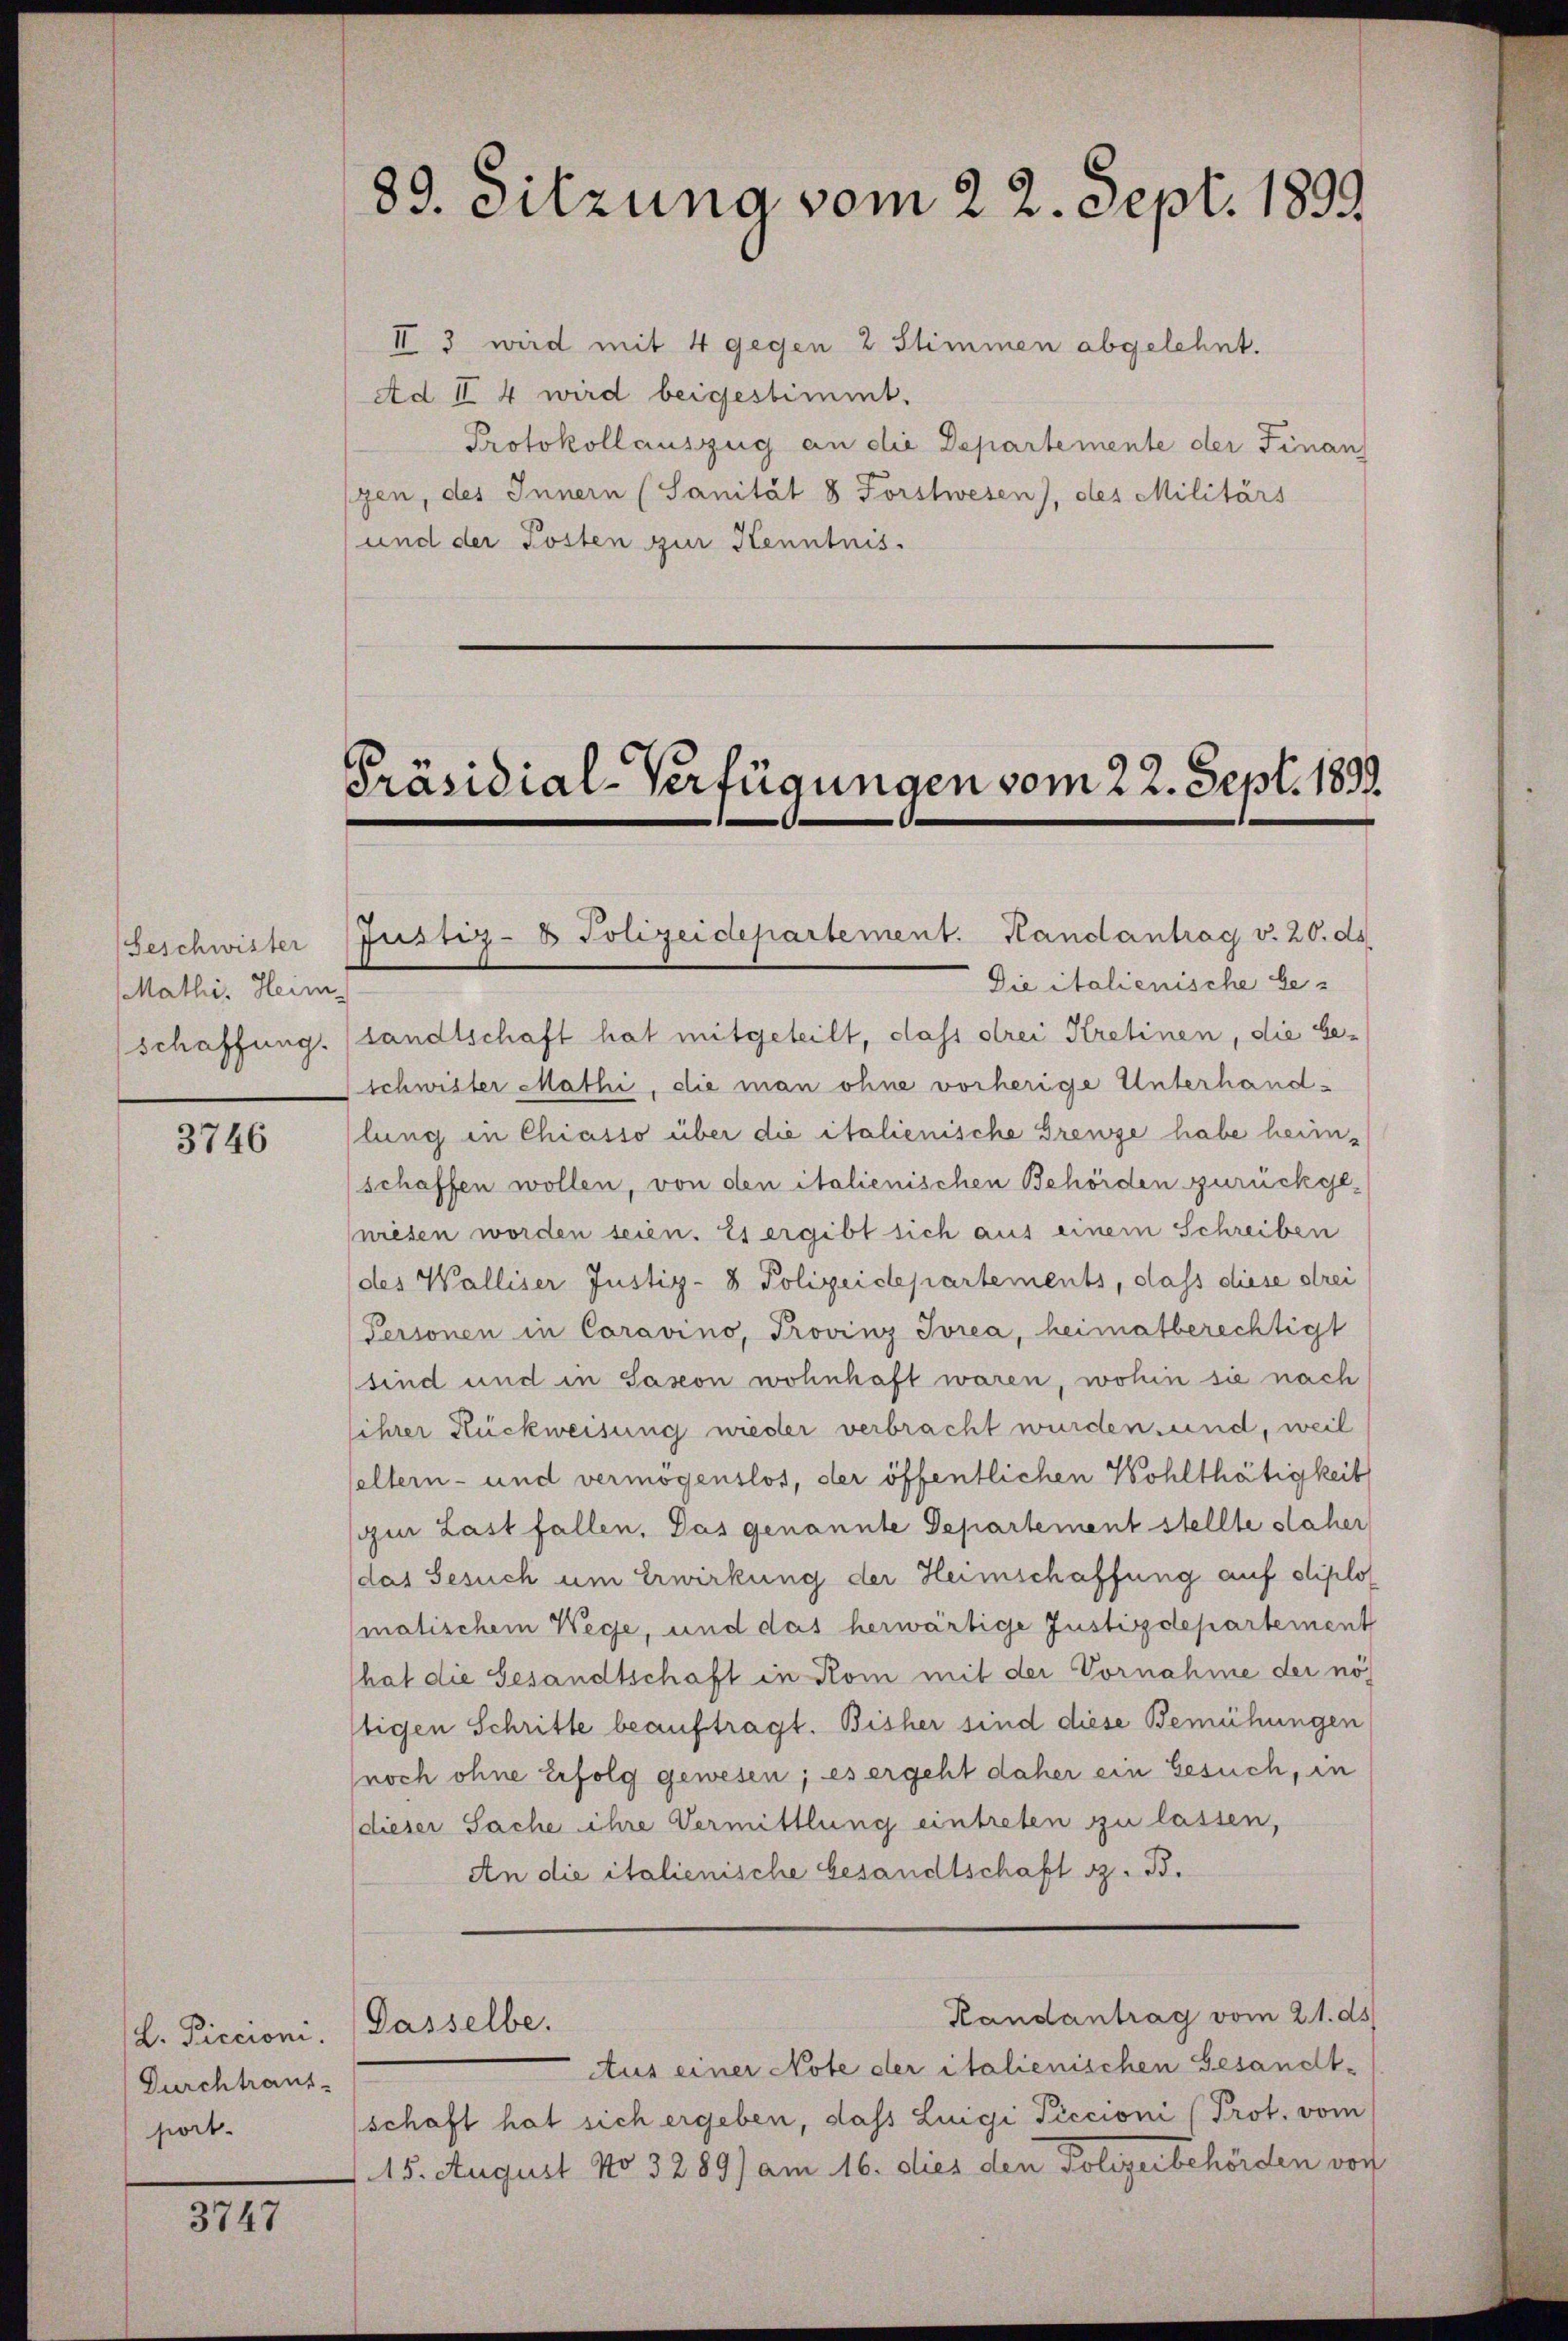
Geschwister
Mathi, Heim
schaffung.

3746

L. Piccioni. Dasselbe.
Durchtraut.
sort.

3747

89. Sitzung vom 22. Sept. 1899

II 3 wird mit 4 gegen 2 Stimmen abgelehnt.
Ad II 4 wird beigestimmt.
Protokollauszug an die Departemente der Finan
szen, des Innern (Sanität 8 Forstwesen), des Militärs
und der Posten zur Kenntnis.

Präsidial-Verfügungen vom 22. Sept. 1899.

Justiz- & Polizeidepartement. Handantrag v. 20. ds
Die italienische be-
sandtschaft hat mitgeteilt, dass drei Kretinen, die be-
schwister Mathi, die man ohne vorherige Unterhandlung in Chiasso über die italienische Grenze habe heim-
(schaffen wollen, von den italienischen Behörden zurückge-
wiesen worden seien. Es ergibt sich aus einem Schreiben
(des Walliser Justiz- & Polizeidepartements, dass diese drei
Personen in Caravino, Provinz Jorea, heimatberechtigt
sind und in Saxon wohnhaft waren, wohin sie nach
lihrer Rückweisung wieder verbracht wurden und, weil
seltern- und vermögenslos, der öffentlichen Wohlthätigkeit
ir Last fallen. Das genannte Departement stellte saher
das Gesuch um Erwirkung der Heimschaffung auf diplomatischem Wege, und das herwärtige Justizdepartement
hat die Gesandtschaft in Rom mit der Vornahme der nöltigen Schritte beauftragt. Bisher sind diese Bemühungen
(noch ohne Erfolg gewesen; es ergeht daher ein Gesuch, in
(dieser Sache ihre Vermittlung eintreten zu lassen,
An die italienische Gesandtschaft z. B.

Aus einer Note der italienischen Gesandt-
schaft hat sich ergeben, dass Luigi Piccioni (Prot. vom
115. August No 3289) am 16. dies den Polizerbehörden von

Handantrag vom 21. ds.